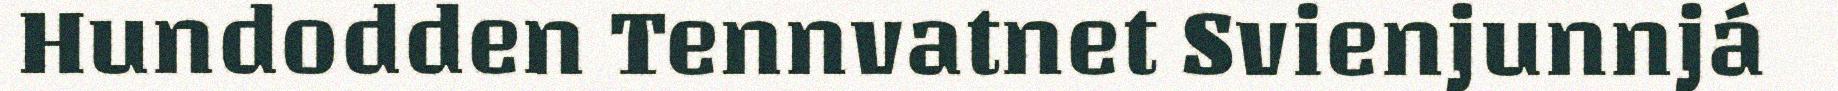
Hundodden Tennvatnet Svienjunnjá